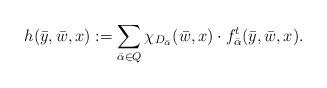
LaTeX: \begin{gather*}h(\bar{y}, \bar{w}, x) := \sum_{\bar{\alpha} \in Q} \chi_{D_{\bar{\alpha}}}(\bar{w},x) \cdot f^{t}_{\bar{\alpha}}(\bar{y}, \bar{w},x).\end{gather*}